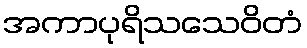
အကာပုရိသသေဝိတံ